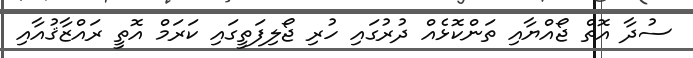
ސުދާ އޮތް ޖޯއްޔާއި ތަންކޮޅެއް ދުރުގައި ހުރި ޖޯލިފަތީގައި ކަރަމް އޮތީ ރައްޒާޤުއާއި